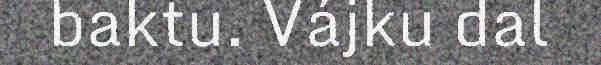
baktu. Vájku dal